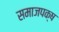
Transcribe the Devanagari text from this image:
समाजपक्ष